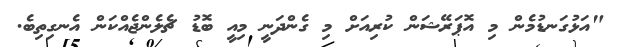
"އަޅުގަނޑުމެން މި އޮޕަރޭޝަން ކުރިއަށް މި ގެންދަނީ މިއީ ބޮޑު ޗެލެންޖެއްކަން އެނގިތިބެ.